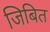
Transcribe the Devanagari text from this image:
जिबित